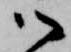
御